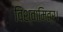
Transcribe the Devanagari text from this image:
विश्वामित्र।